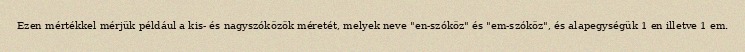
Ezen mértékkel mérjük például a kis- és nagyszóközök méretét, melyek neve "en-szóköz" és "em-szóköz", és alapegységük 1 en illetve 1 em.